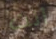
أنت